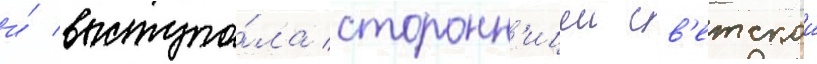
и́ выступа́ла сторонн'ицеи св'етскои